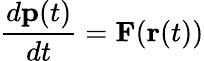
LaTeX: \frac{d\textbf{p}(t)}{dt}=\textbf{F}(\textbf{r}(t))